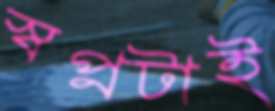
স্বপ্নটাই